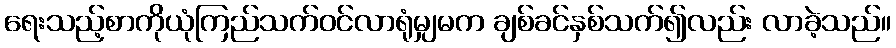
ရေးသည့်စာကိုယုံကြည်သက်ဝင်လာရုံမျှမက ချစ်ခင်နှစ်သက်၍လည်း လာခဲ့သည်။